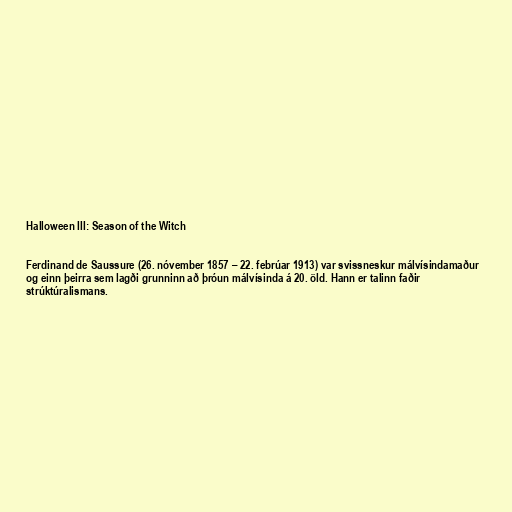
Halloween III: Season of the Witch

Ferdinand de Saussure (26. nóvember 1857 – 22. febrúar 1913) var svissneskur málvísindamaður
og einn þeirra sem lagði grunninn að þróun málvísinda á 20. öld. Hann er talinn faðir
strúktúralismans.